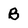
Character: B